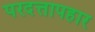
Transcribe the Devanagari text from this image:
परदत्तापहार